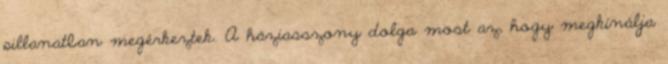
pillanatban megérkeztek. A háziasszony dolga most az, hogy megkínálja